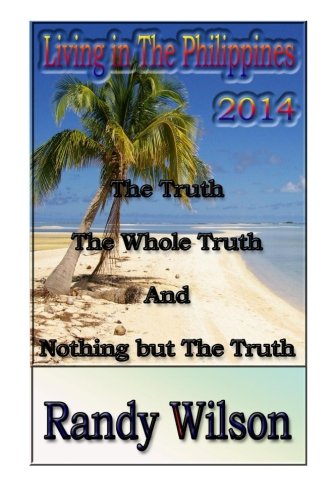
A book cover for Living In The Philippines 2014; Mr Randy Wilson; Travel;